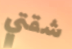
شقتي